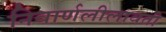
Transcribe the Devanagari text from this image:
निवार्णलीलावती